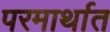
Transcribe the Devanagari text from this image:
परमार्थात